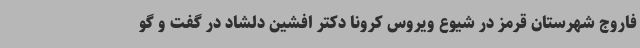
فاروج شهرستان قرمز در شیوع ویروس کرونا دکتر افشین دلشاد در گفت و گو